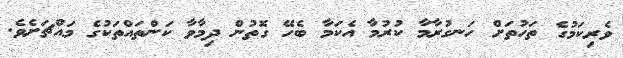
ވެރިކަމުގެ ތަހުތަށް ހަނގުރާމާ ކުރުމާ އެކަމާ ބެހޭ ގޮތުން ދިމާވާ ކަންތައްތަކުގެ މައްޗަށެވެ.